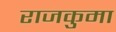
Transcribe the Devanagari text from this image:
राजकुमा